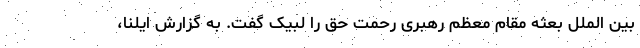
بین الملل بعثه مقام معظم رهبری رحمت حق را لبیک گفت. به گزارش ایلنا،